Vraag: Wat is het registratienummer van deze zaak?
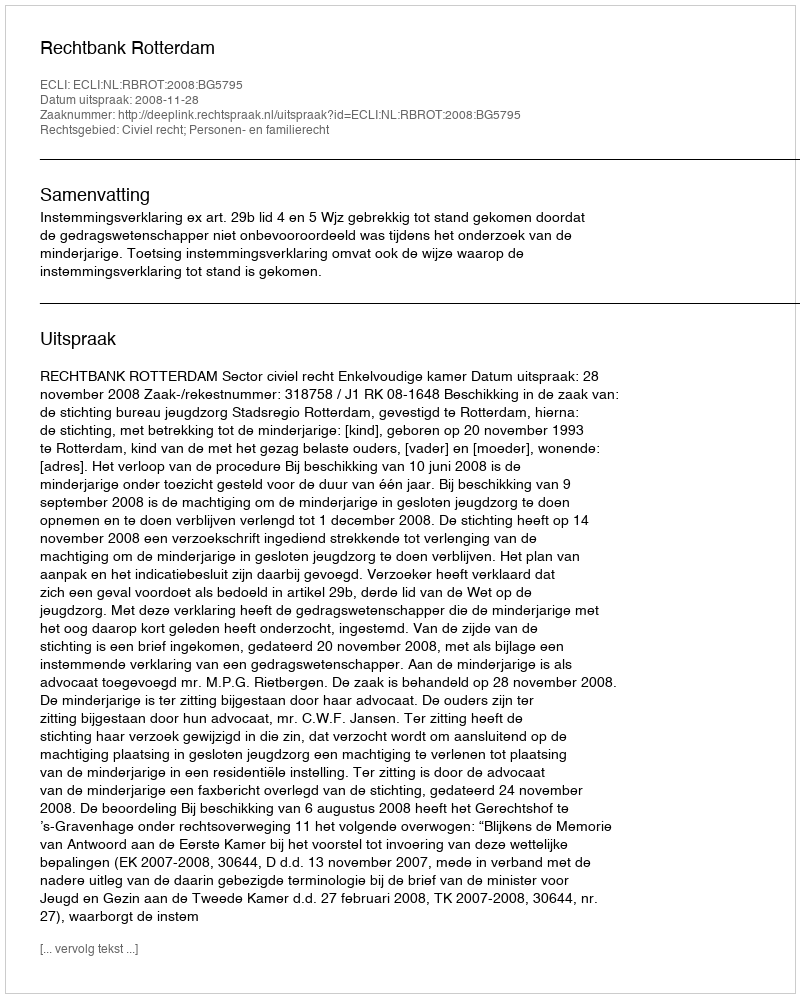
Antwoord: http://deeplink.rechtspraak.nl/uitspraak?id=ECLI:NL:RBROT:2008:BG5795